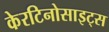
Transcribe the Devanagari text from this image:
केरटिनोसाइट्स